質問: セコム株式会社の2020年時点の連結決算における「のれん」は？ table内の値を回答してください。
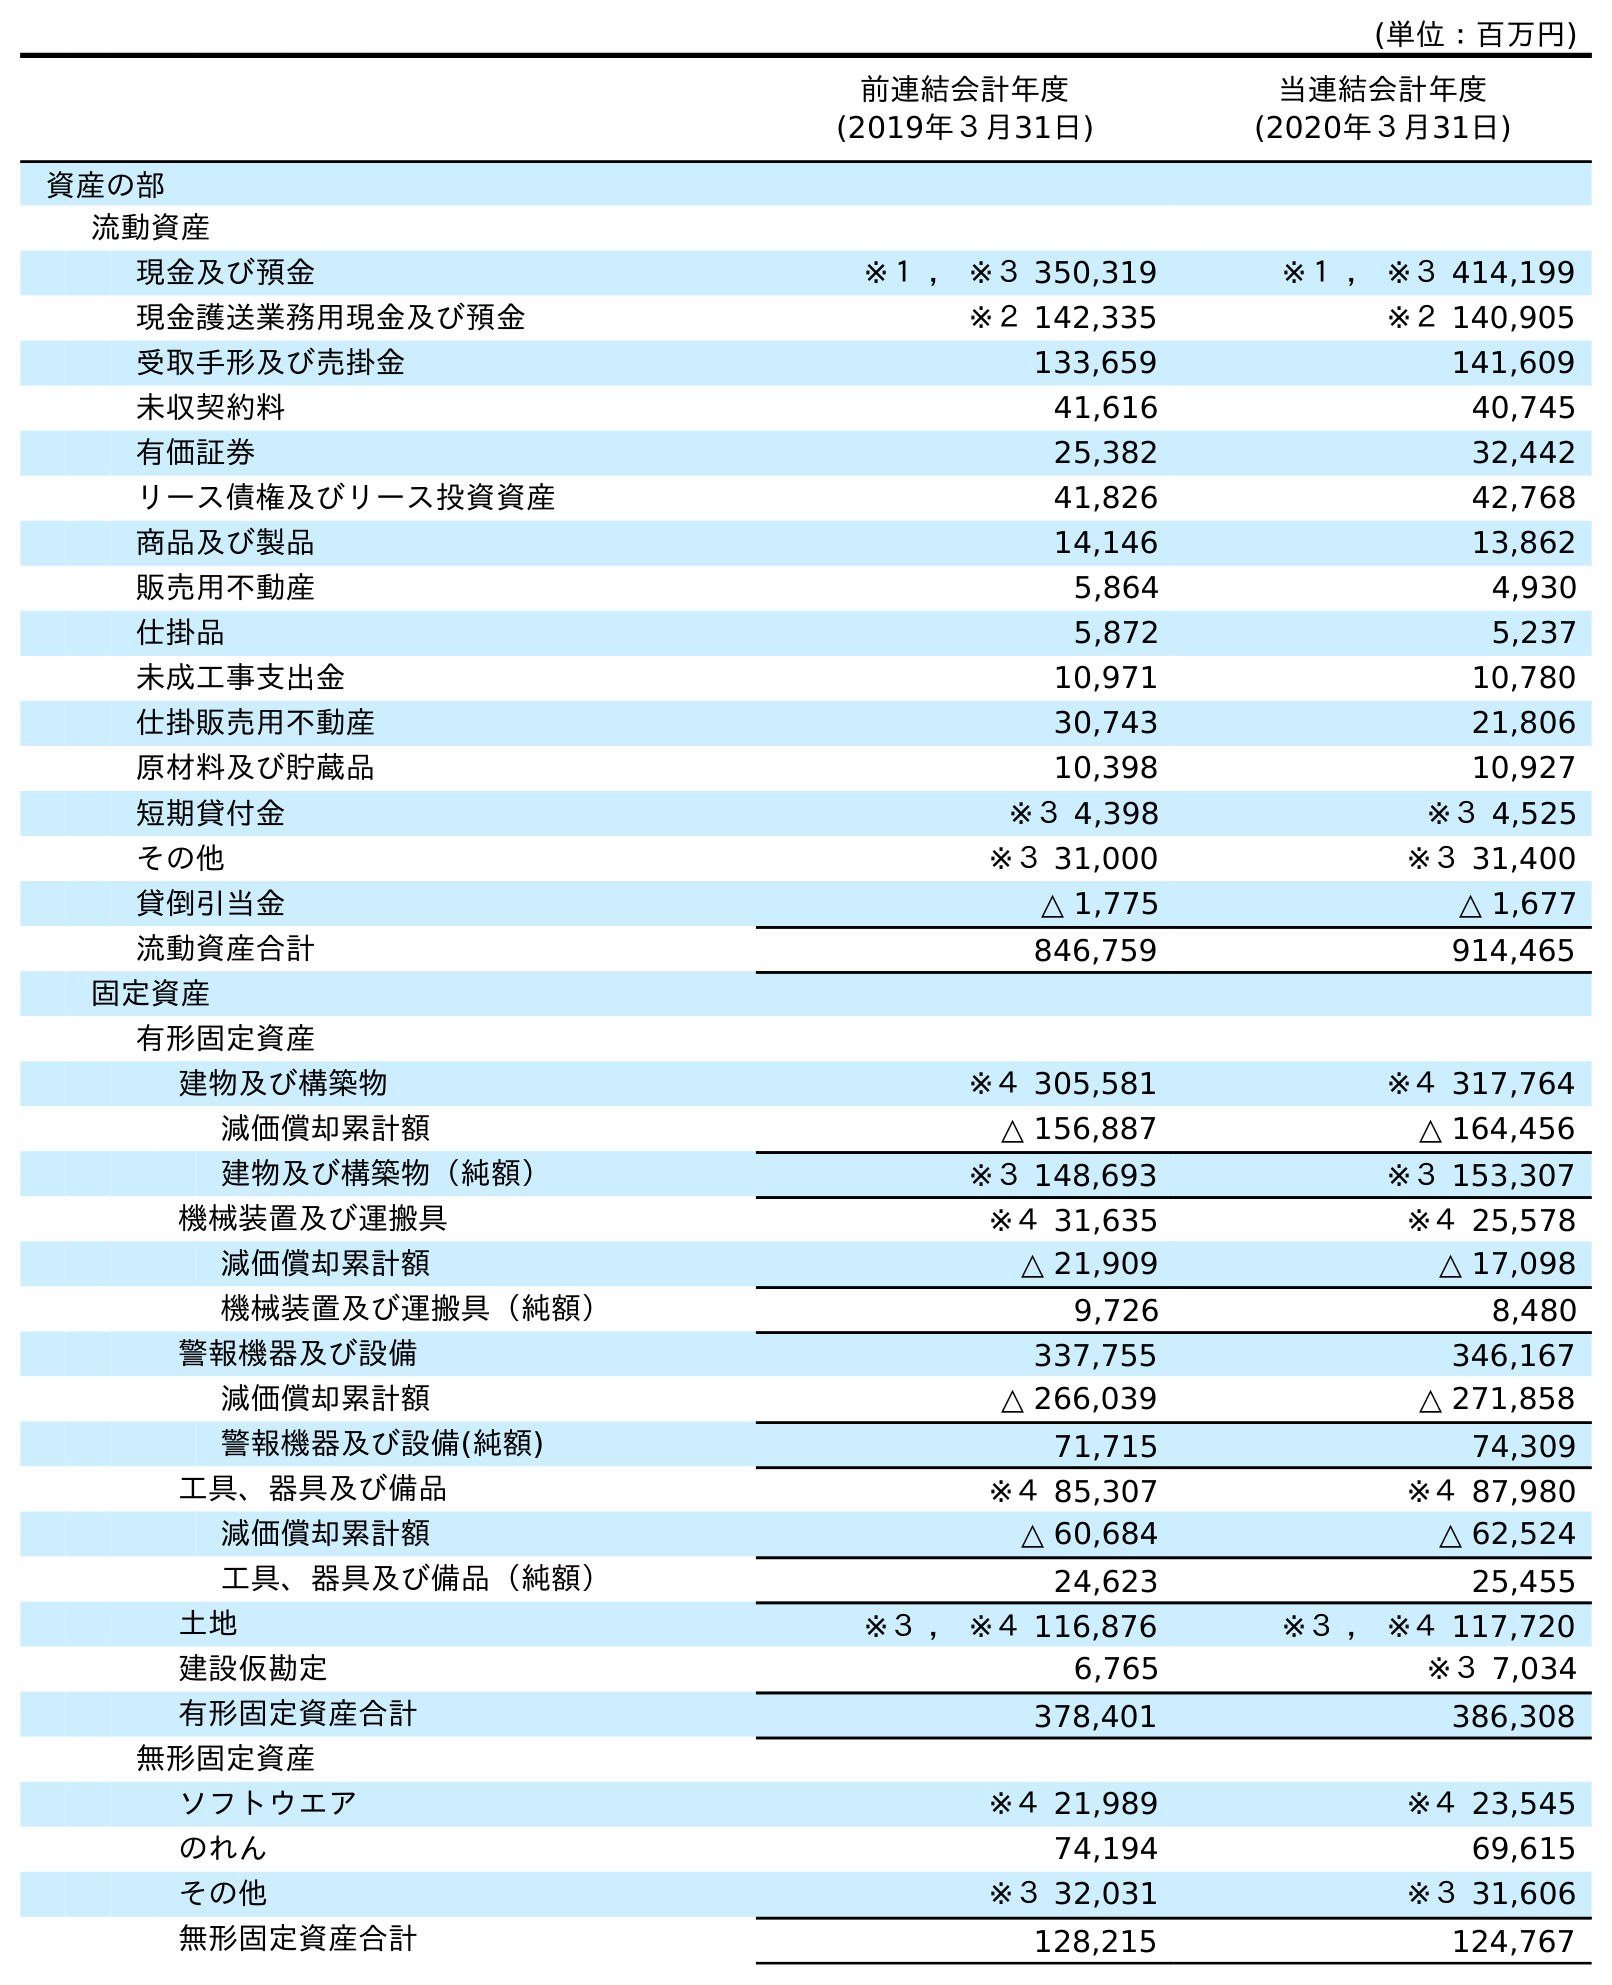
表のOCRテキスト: (単位：百万円) 前連結会計年度 (2019年３月31日) 当連結会計年度 (2020年３月31日) 資産の部 流動資産 現金及び預金 ※１ ， ※３ 350,319 ※１ ， ※３ 414,199 現金護送業務用現金及び預金 ※２ 142,335 ※２ 140,905 受取手形及び売掛金 133,659 141,609 未収契約料 41,616 40,745 有価証券 25,382 32,442 リース債権及びリース投資資産 41,826 42,768 商品及び製品 14,146 13,862 販売用不動産 5,864 4,930 仕掛品 5,872 5,237 未成工事支出金 10,971 10,780 仕掛販売用不動産 30,743 21,806 原材料及び貯蔵品 10,398 10,927 短期貸付金 ※３ 4,398 ※３ 4,525 その他 ※３ 31,000 ※３ 31,400 貸倒引当金 △ 1,775 △ 1,677 流動資産合計 846,759 914,465 固定資産 有形固定資産 建物及び構築物 ※４ 305,581 ※４ 317,764 減価償却累計額 △ 156,887 △ 164,456 建物及び構築物（純額） ※３ 148,693 ※３ 153,307 機械装置及び運搬具 ※４ 31,635 ※４ 25,578 減価償却累計額 △ 21,909 △ 17,098 機械装置及び運搬具（純額） 9,726 8,480 警報機器及び設備 337,755 346,167 減価償却累計額 △ 266,039 △ 271,858 警報機器及び設備(純額) 71,715 74,309 工具、器具及び備品 ※４ 85,307 ※４ 87,980 減価償却累計額 △ 60,684 △ 62,524 工具、器具及び備品（純額） 24,623 25,455 土地 ※３ ， ※４ 116,876 ※３ ， ※４ 117,720 建設仮勘定 6,765 ※３ 7,034 有形固定資産合計 378,401 386,308 無形固定資産 ソフトウエア ※４ 21,989 ※４ 23,545 のれん 74,194 69,615 その他 ※３ 32,031 ※３ 31,606 無形固定資産合計 128,215 124,767
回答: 69,615